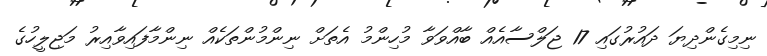
ނިމިގެންދިޔަ ދައުރުގައި 17 ޖަލްސާއެއް ބާއްވަވާ މުހިންމު އެތަށް ނިންމުންތަކެއް ނިންމާފައިވާއިރު މަޖިލީހުގެ